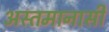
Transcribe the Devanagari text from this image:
अस्तमानासी